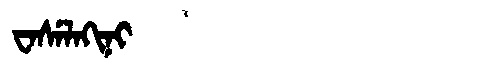
Manchu: ᠸᠠᠰᡝᠯᠠᡴᡳᠨᡳ
Romanization: WASELAKINI